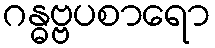
ဂန္ဓဗ္ဗပစာရော